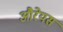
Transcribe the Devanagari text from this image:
औरेयस